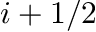
i + 1 / 2